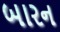
બારન